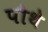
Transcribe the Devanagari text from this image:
पौथे